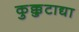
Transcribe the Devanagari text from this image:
कुक्कुटाद्या